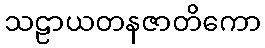
သဠာယတနဇာတိကော